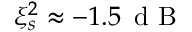
\xi _ { s } ^ { 2 } \approx - 1 . 5 \, \mathrm { ~ d ~ B ~ }